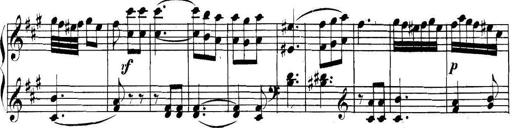
Title: Collected Piano Sonatas
Composer: Muzio Clementi